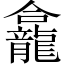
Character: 龕